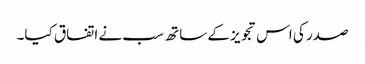
صدر کی اس تجویز کے ساتھ سب نے اتفاق کیا۔